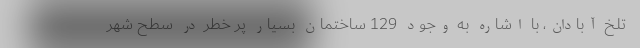
تلخ آبادان، با اشاره به وجود 129 ساختمان بسیار پر خطر در سطح شهر